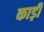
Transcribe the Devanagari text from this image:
काड़ी